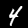
Digit: 4